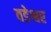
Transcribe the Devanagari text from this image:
वडेश्वर